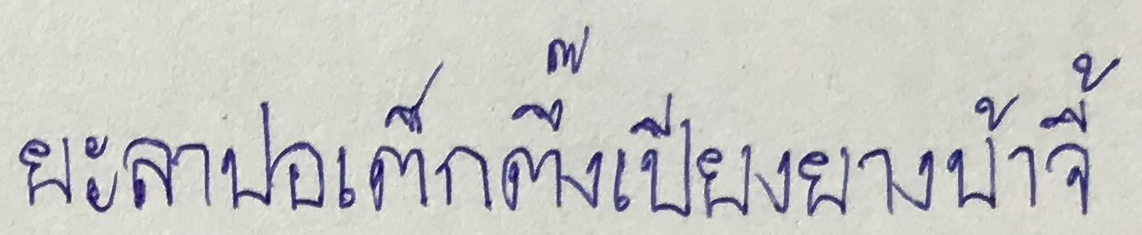
ยะลาปอเต็กตึ๊งเปียงยางบ้าจี้